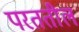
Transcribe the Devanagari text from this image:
परततील